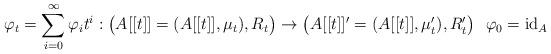
LaTeX: \begin{align*}\varphi_t = \sum_{i=0}^\infty \varphi_i t^i : \big( A[[t]] = (A[[t]], \mu_t), R_t \big) \rightarrow \big( A[[t]]' = (A[[t]], \mu_t'), R_t' \big) ~~ \varphi_0 = \mathrm{id}_A\end{align*}